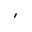
'